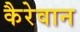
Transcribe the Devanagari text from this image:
कैरेवान